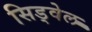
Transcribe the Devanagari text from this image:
सिड्वेल